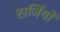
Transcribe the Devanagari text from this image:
सर्जियों